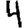
Digit: 4